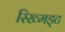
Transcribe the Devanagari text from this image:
स्ख्मिड्ट